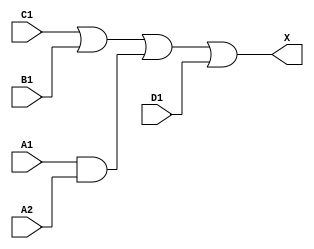
/*
 * Copyright 2020 The SkyWater PDK Authors
 *
 * Licensed under the Apache License, Version 2.0 (the "License");
 * you may not use this file except in compliance with the License.
 * You may obtain a copy of the License at
 *
 *     https://www.apache.org/licenses/LICENSE-2.0
 *
 * Unless required by applicable law or agreed to in writing, software
 * distributed under the License is distributed on an "AS IS" BASIS,
 * WITHOUT WARRANTIES OR CONDITIONS OF ANY KIND, either express or implied.
 * See the License for the specific language governing permissions and
 * limitations under the License.
 *
 * SPDX-License-Identifier: Apache-2.0
*/


`ifndef SKY130_FD_SC_MS__A2111O_FUNCTIONAL_V
`define SKY130_FD_SC_MS__A2111O_FUNCTIONAL_V

/**
 * a2111o: 2-input AND into first input of 4-input OR.
 *
 *         X = ((A1 & A2) | B1 | C1 | D1)
 *
 * Verilog simulation functional model.
 */

`timescale 1ns / 1ps
`default_nettype none

`celldefine
module sky130_fd_sc_ms__a2111o (
    X ,
    A1,
    A2,
    B1,
    C1,
    D1
);

    // Module ports
    output X ;
    input  A1;
    input  A2;
    input  B1;
    input  C1;
    input  D1;

    // Local signals
    wire and0_out ;
    wire or0_out_X;

    //  Name  Output     Other arguments
    and and0 (and0_out , A1, A2              );
    or  or0  (or0_out_X, C1, B1, and0_out, D1);
    buf buf0 (X        , or0_out_X           );

endmodule
`endcelldefine

`default_nettype wire
`endif  // SKY130_FD_SC_MS__A2111O_FUNCTIONAL_V